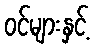
ဝင်များနှင့်